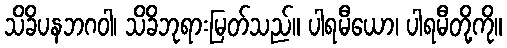
သိခိပနဘဂဝါ၊ သိခိဘုရားမြတ်သည်။ ပါရမီယော၊ ပါရမီတို့ကို။